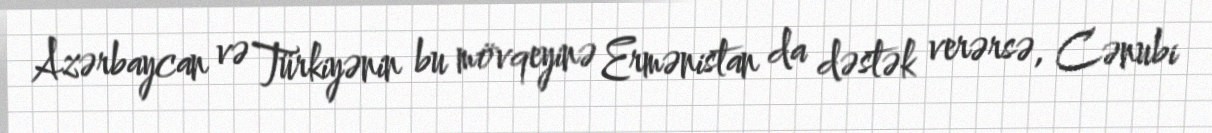
Azərbaycan və Türkiyənin bu mövqeyinə Ermənistan da dəstək verərsə, Cənubi